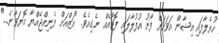
ހުރެލާފައި އިޝާން އަވަހަށް ފޯނު އުފުލާލައި ފޮޓޯއެއް ނެގިއެވެ. "އަޒްއަށް ފެނިއްޖެއްޔާ މޮޔަވާނެ..."